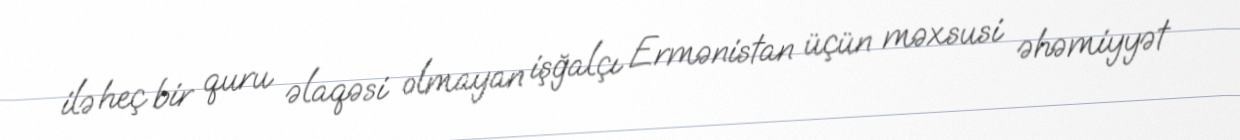
ilə heç bir quru əlaqəsi olmayan işğalçı Ermənistan üçün məxsusi əhəmiyyət